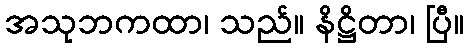
အသုဘကထာ၊ သည်။ နိဋ္ဌိတာ၊ ပြီ။